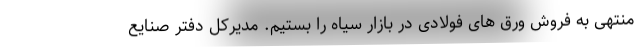
منتهی به فروش ورق های فولادی در بازار سیاه را بستیم. مدیرکل دفتر صنایع